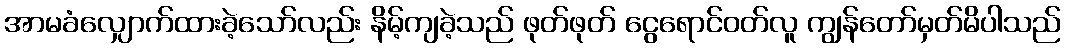
အာမခံလျှောက်ထားခဲ့သော်လည်း နိမ့်ကျခဲ့သည် ဖုတ်ဖုတ် ငွေရောင်ဝတ်လူ ကျွန်တော်မှတ်မိပါသည်